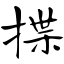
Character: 揲